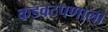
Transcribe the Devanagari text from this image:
कडवटपणाला